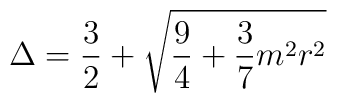
\Delta = \frac{3}{2} +\sqrt{\frac{9}{4} + \frac{3}{7}m^2 r^2 }